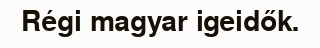
Régi magyar igeidők.